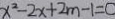
x ^ { 2 } - 2 x + 2 m - 1 = 0